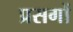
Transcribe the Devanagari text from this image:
प्रसगों